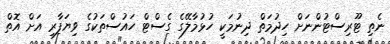
ނެތި ޓޫރިސްޓުންނަށް ހިދުމަތް ދިނުމަކީ ހުޅުމާލޭގެ ގެސްޓް ހައުސްތަކުގެ ވިޔަފާރި އަށް އޮތް